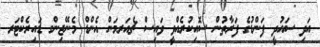
އަދި ސައުދީ ފަންޑުގެ ފަރާތުން ސޮއިކުރެއްވީ ވައިސް ޗެއަރމަން އެންޑް މެނޭޖިންގ ޑައިރެކްޓަރ